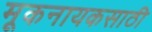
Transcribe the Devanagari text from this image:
मूकनायकसाठी